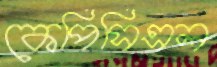
কেপিসিএল